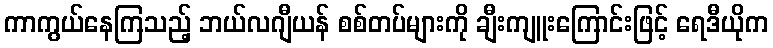
ကာကွယ်နေကြသည့် ဘယ်လဂျီယန် စစ်တပ်များကို ချီးကျူးကြောင်းဖြင့် ရေဒီယိုက